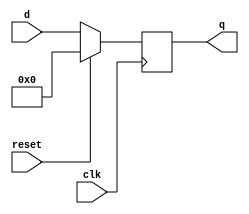
`timescale 1ns / 1ps
//////////////////////////////////////////////////////////////////////////////////
// Company: 
// Engineer: 
// 
// Design Name: 
// Module Name: FlipFlop
// Project Name: 
// Target Devices: 
// Tool Versions: 
// Description: 
// 
// Dependencies: 
// 
// Revision:
// Revision 0.01 - File Created
// Additional Comments:
// 
//////////////////////////////////////////////////////////////////////////////////


module FlipFlop(clk, reset, d, q);
    
    input [7:0] d;
    input clk, reset;
    output reg [7:0] q;
    
    always @(posedge clk)
    begin
        //if reset, change q to 0 to start over
        if(reset)
            q <= 0;
        //else, do flip flop
        else
            q <= d;
    end
    
endmodule